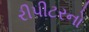
રીપીટરનો